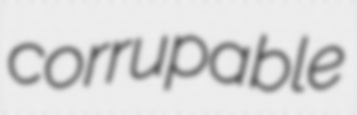
corrupable